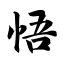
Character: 悟